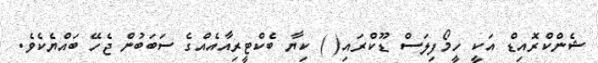
ޝެންކްރޮއިޑް އަކީ ހީމޯފިލަސް ޑޫކްރައި( ) ކިޔާ ބެކްޓީރިއާއެއްގެ ސަބަބުން ޖެހޭ ބައްޔެކެވެ.